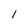
Character: 1